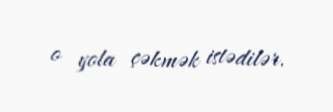
o yola çəkmək istədilər.